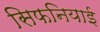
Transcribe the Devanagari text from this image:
सिफनियाई